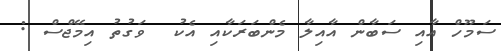
ސަމޫހް އާއި ސަބާން އާއިލާ މެންބަރަކާއި އެކު  ވަގުތު އިމޭޖްސް :